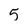
Character: 5